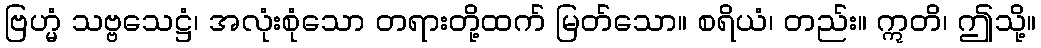
ဗြဟ္မံ သဗ္ဗသေဋ္ဌံ၊ အလုံးစုံသော တရားတို့ထက် မြတ်သော။ စရိယံ၊ တည်း။ ဣတိ၊ ဤသို့။